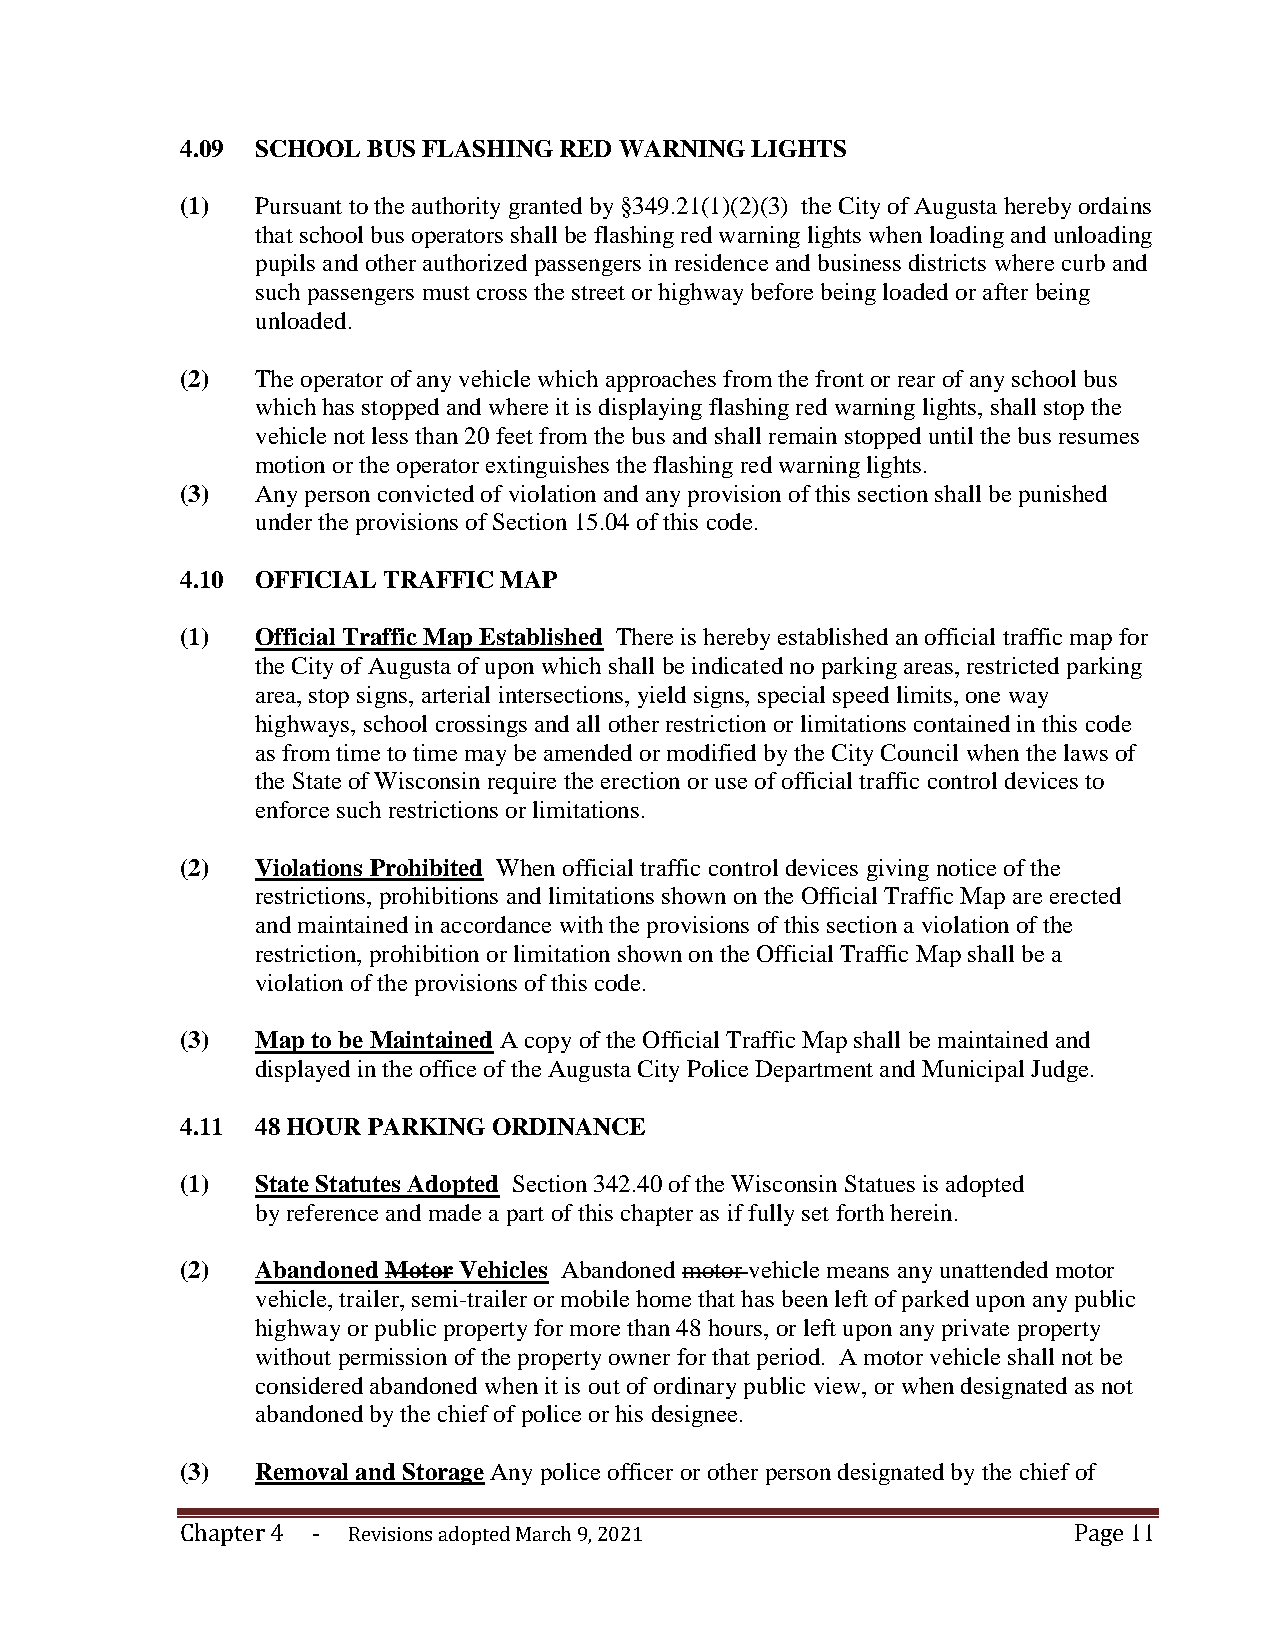
4.09 SCHOOL BUS FLASHING RED WARNING  LIGHTS
 (1)  Pursuant to the authority granted by §349.21(1)(2)(3) the City of Augusta hereby ordains
 that school bus operators shall be flashing red warning lights when loading and unloading
 pupils and other authorized passengers in residence and business districts where curb and
 such passengers must cross the street or highway before being loaded or after being
 unloaded.
 (2)  The operator of any vehicle which approaches from the front or rear of any school bus
 which has stopped and where it is displaying flashing red warning lights, shall stop the
 vehicle not less than 20 feet from the bus and shall remain stopped until the bus resumes
 motion or the operator extinguishes the flashing red warning lights.
 (3)  Any person convicted of violation and any provision of this section shall be punished
 under the provisions of Section 15.04 of this code.
 4.10 OFFICIAL TRAFFIC MAP
 (1)  Official Traffic Map Established There is hereby established an official traffic map for
 the City of Augusta of upon which shall be indicated no parking areas, restricted parking
 area, stop signs, arterial intersections, yield signs, special speed limits, one way
 highways, school crossings and all other restriction or limitations contained in this code
 as from time to time may be amended or modified by the City Council when the laws of
 the State of Wisconsin require the erection or use of official traffic control devices to
 enforce such restrictions or limitations.
 (2)  Violations Prohibited When official traffic control devices giving notice of the
 restrictions, prohibitions and limitations shown on the Official Traffic Map are erected
 and maintained in accordance with the provisions of this section a violation of the
 restriction, prohibition or limitation shown on the Official Traffic Map shall be a
 violation of the provisions of this code.
 (3)  Map to be Maintained A copy of the Official Traffic Map shall be maintained and
 displayed in the office of the Augusta City Police Department and Municipal Judge.
 4.11 48 HOUR PARKING ORDINANCE
 (1)  State Statutes Adopted Section 342.40 of the Wisconsin Statues is adopted
 by reference and made a part of this chapter as if fully set forth herein.
 (2)  Abandoned Motor Vehicles Abandoned motor vehicle means any unattended motor
 vehicle, trailer, semi-trailer or mobile home that has been left of parked upon any public
 highway or public property for more than 48 hours, or left upon any private property
 without permission of the property owner for that period. A motor vehicle shall not be
 considered abandoned when it is out of ordinary public view, or when designated as not
 abandoned by the chief of police or his designee.
 (3)  Removal and Storage Any police officer or other person designated by the chief of
 Chapter 4 - Revisions adopted March 9, 2021                Page 11